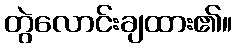
တွဲလောင်းချထား၏။